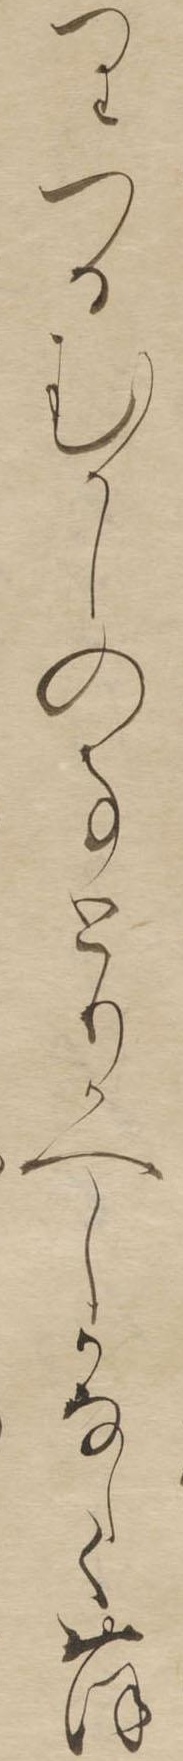
りつるむかしの事とりかへしかなしくおほ